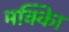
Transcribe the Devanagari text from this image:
मक्काि